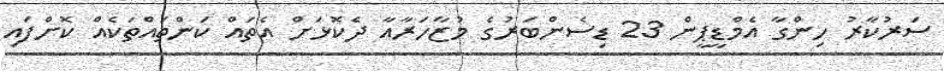
ސަރުކާރު ހިންގާ އެމްޑީޕީން 23 ޑިސެންބަރުގެ މުޒާހަރާއާ ދެކޮޅަށް އެތައް ކަންތައްތަކެއް ކޮށްފައި